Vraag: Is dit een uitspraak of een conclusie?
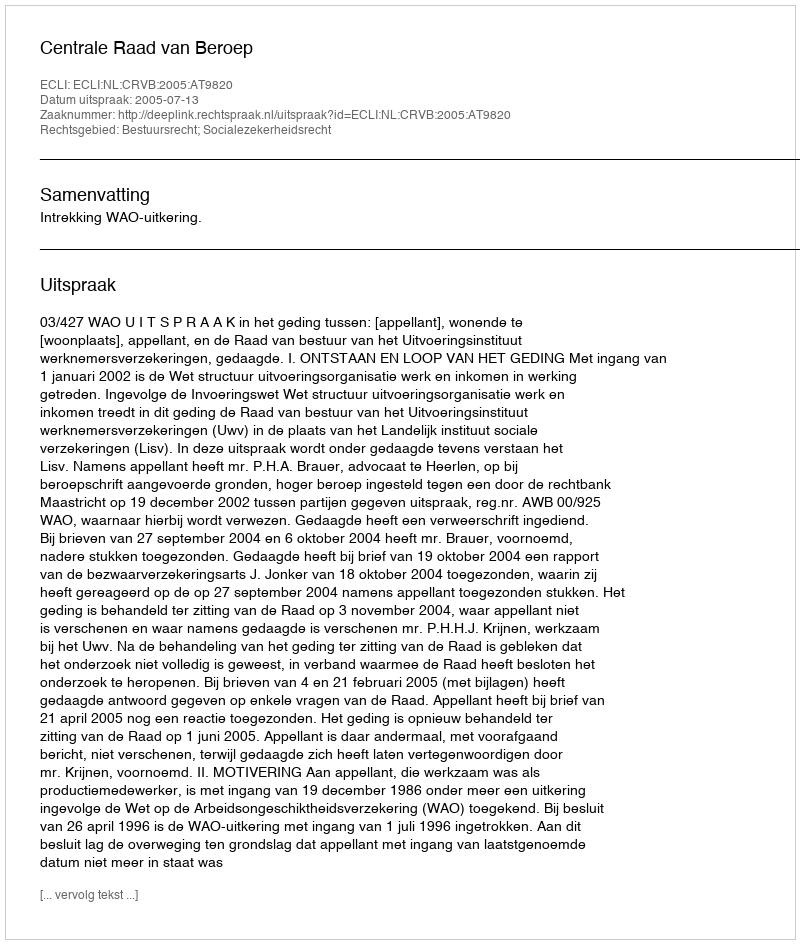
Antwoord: Uitspraak